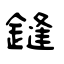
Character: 鏠